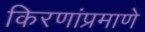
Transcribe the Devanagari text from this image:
किरणांप्रमाणे